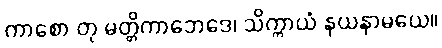
ကာစော တု မတ္တိကာဘေဒေ၊ သိက္ကာယံ နယနာမယေ။